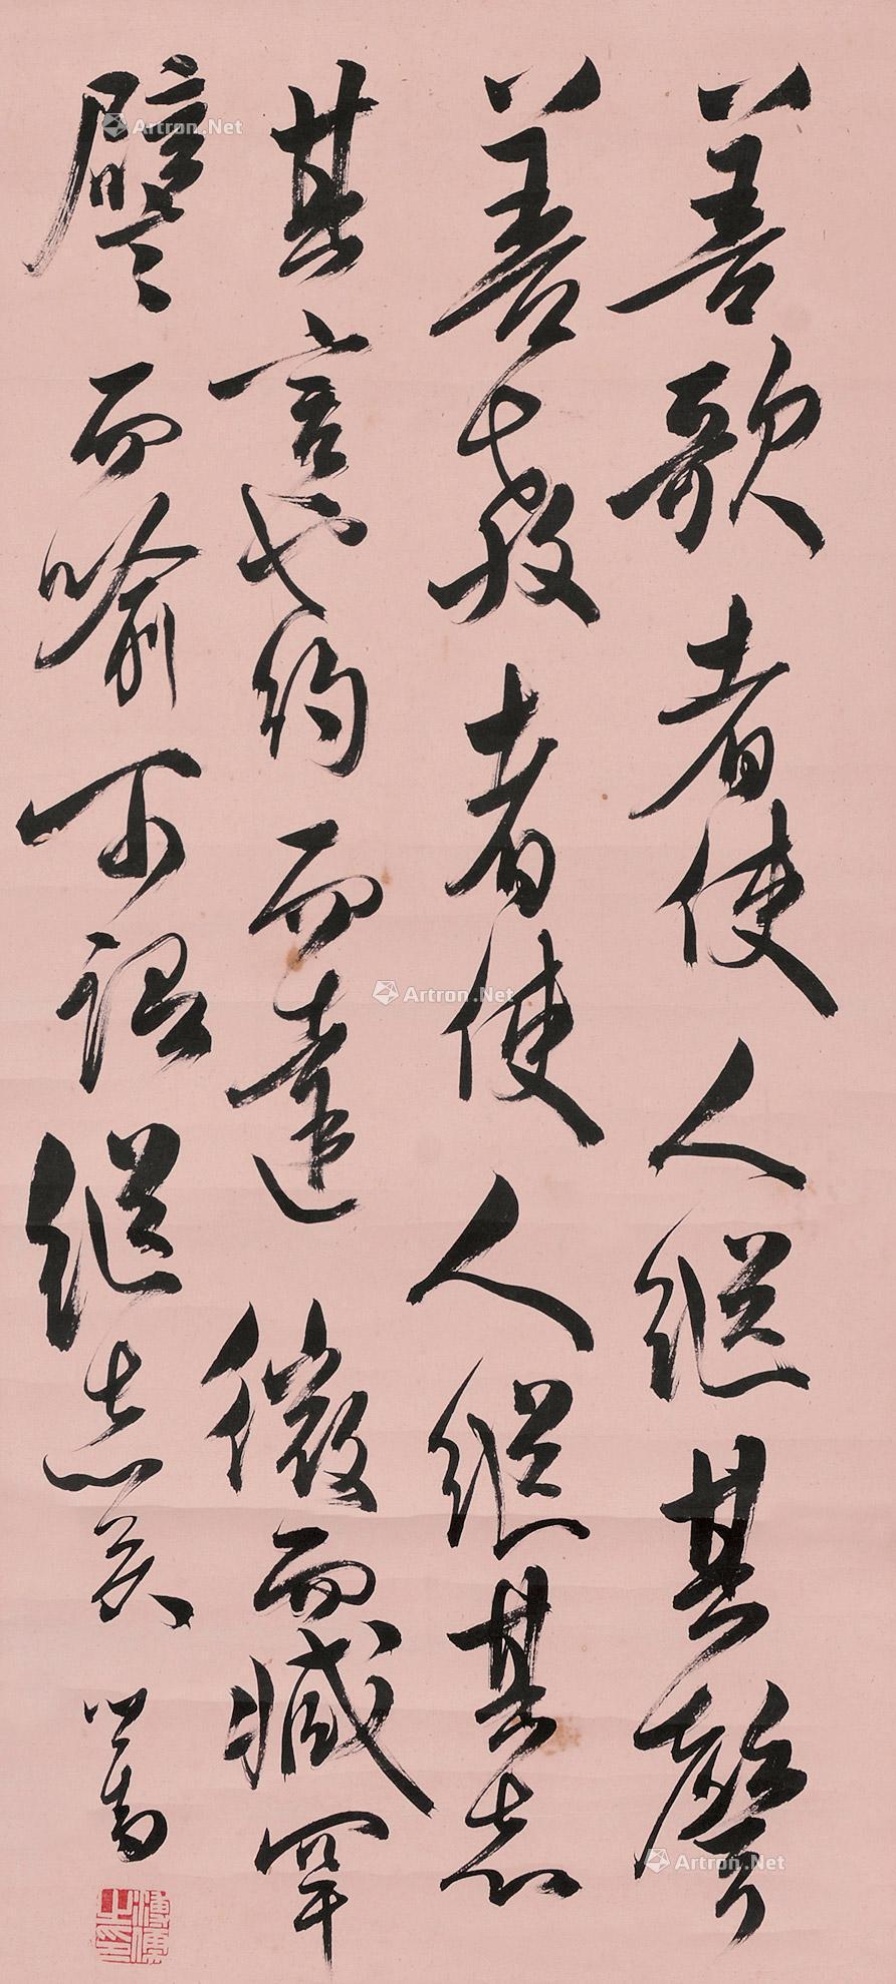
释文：善歌者，使人继其声,善教者，使人继其志，其言也，约而达，微而臧，罕譬而喻，可谓继志矣。心畬。